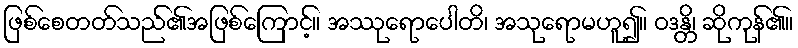
ဖြစ်စေတတ်သည်၏အဖြစ်ကြောင့်။ အဿုရောပေါတိ၊ အသုရောမဟူ၍။ ဝဒန္တိ၊ ဆိုကုန်၏။